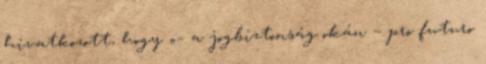
hivatkozott, hogy „– a jogbiztonság okán – pro futuro